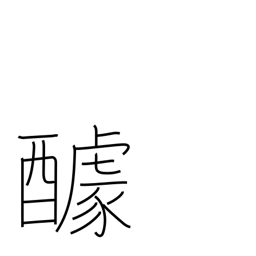
Meaning: contribution for a feast (potluck)